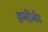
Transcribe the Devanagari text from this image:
हनीनेट